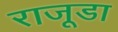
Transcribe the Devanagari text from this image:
राजूडा